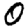
Digit: 0